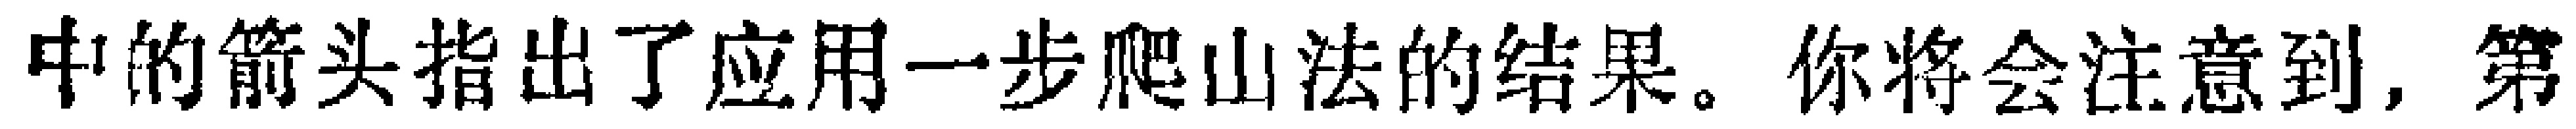
中的箭头指出了应用一步爬山法的结果。你将会注意到，第